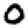
Digit: 0